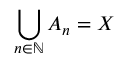
\bigcup _ { n \in \mathbb { N } } A _ { n } = X